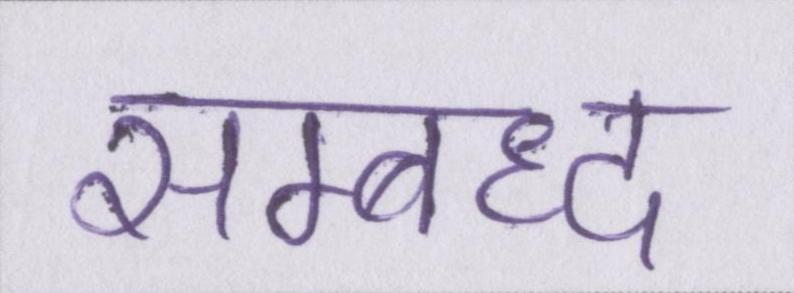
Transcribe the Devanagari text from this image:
सम्बध्द